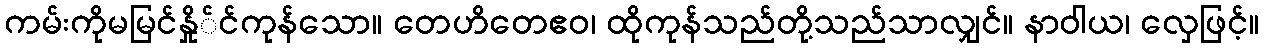
ကမ်းကိုမမြင်နှို်င်ကုန်သော။ တေဟိတေဧဝ၊ ထိုကုန်သည်တို့သည်သာလျှင်။ နာဝါယ၊ လှေဖြင့်။